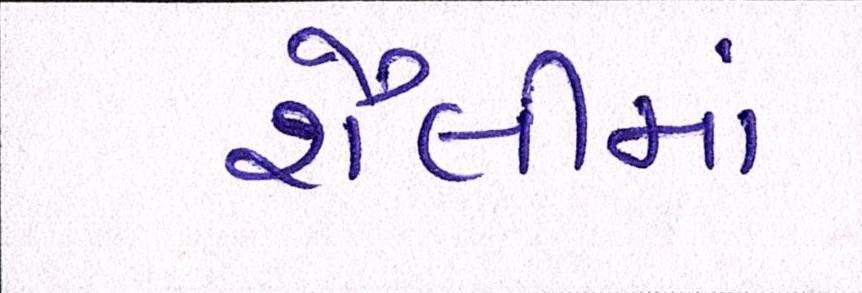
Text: શૈલીમાં